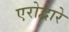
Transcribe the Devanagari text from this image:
एरोद्वारे